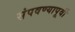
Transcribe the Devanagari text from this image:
संपवण्यापूर्वी